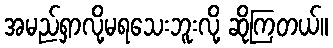
အမည်ရှာလို့မရသေးဘူးလို့ ဆိုကြတယ်။